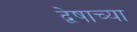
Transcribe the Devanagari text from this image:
द्वेषाच्या